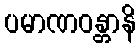
ပမာဏဝန္တာနိ